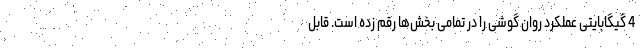
4 گیگابایتی عملکرد روان گوشی را در تمامی بخش‌ها رقم زده است. قابل